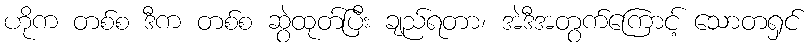
ဟိုက တစ်စ ဒီက တစ်စ ဆွဲထုတ်ပြီး ချည်ရတာ၊ အဲဒီအတွက်ကြောင့် သောတရှင်